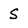
Character: S